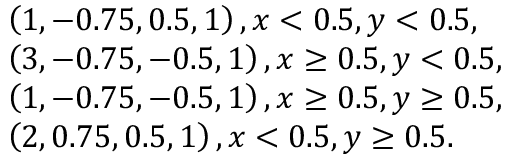
\begin{array} { r l } & { \left( 1 , - 0 . 7 5 , 0 . 5 , 1 \right) , x < 0 . 5 , y < 0 . 5 , } \\ & { \left( 3 , - 0 . 7 5 , - 0 . 5 , 1 \right) , x \ge 0 . 5 , y < 0 . 5 , } \\ & { \left( 1 , - 0 . 7 5 , - 0 . 5 , 1 \right) , x \ge 0 . 5 , y \ge 0 . 5 , } \\ & { \left( 2 , 0 . 7 5 , 0 . 5 , 1 \right) , x < 0 . 5 , y \ge 0 . 5 . } \end{array}